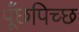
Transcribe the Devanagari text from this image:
पूँछपिच्छ